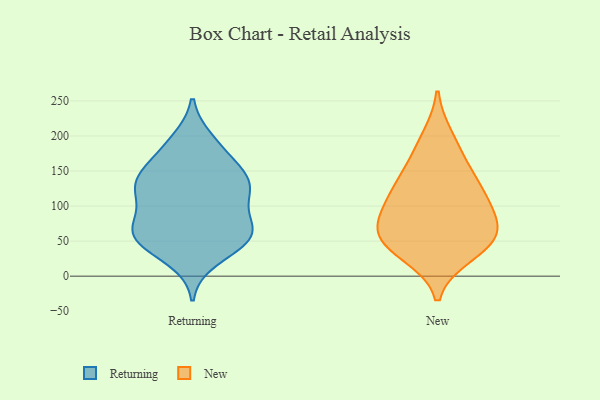
{"axis": {"x": "Temperature (°C)", "y": "Value"}, "legend": ["New", "Returning"], "data": [{"x": "", "y": 133, "type": "Returning"}, {"x": "", "y": 187, "type": "Returning"}, {"x": "", "y": 120, "type": "Returning"}, {"x": "", "y": 99, "type": "Returning"}, {"x": "", "y": 83, "type": "Returning"}, {"x": "", "y": 148, "type": "Returning"}, {"x": "", "y": 170, "type": "Returning"}, {"x": "", "y": 24, "type": "Returning"}, {"x": "", "y": 142, "type": "Returning"}, {"x": "", "y": 67, "type": "Returning"}, {"x": "", "y": 121, "type": "Returning"}, {"x": "", "y": 44, "type": "Returning"}, {"x": "", "y": 50, "type": "Returning"}, {"x": "", "y": 58, "type": "Returning"}, {"x": "", "y": 128, "type": "Returning"}, {"x": "", "y": 57, "type": "Returning"}, {"x": "", "y": 61, "type": "Returning"}, {"x": "", "y": 64, "type": "Returning"}, {"x": "", "y": 194, "type": "Returning"}, {"x": "", "y": 135, "type": "Returning"}, {"x": "", "y": 47, "type": "New"}, {"x": "", "y": 198, "type": "New"}, {"x": "", "y": 102, "type": "New"}, {"x": "", "y": 169, "type": "New"}, {"x": "", "y": 120, "type": "New"}, {"x": "", "y": 77, "type": "New"}, {"x": "", "y": 82, "type": "New"}, {"x": "", "y": 53, "type": "New"}, {"x": "", "y": 66, "type": "New"}, {"x": "", "y": 31, "type": "New"}, {"x": "", "y": 141, "type": "New"}, {"x": "", "y": 43, "type": "New"}, {"x": "", "y": 123, "type": "New"}]}